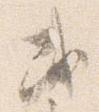
或